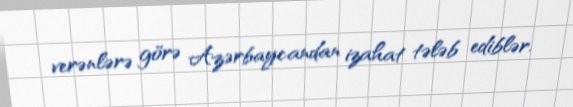
verənlərə görə Azərbaycandan izahat tələb ediblər.